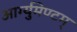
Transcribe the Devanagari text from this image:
आर्ग्युमेण्टम्